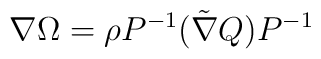
\nabla \Omega = \rho P^{-1}(\tilde \nabla Q)P^{-1}